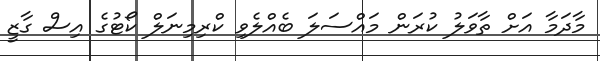
މާދަމާ އަށް ތާވަލު ކުރަން މައްސަލަ ބެއްލެވި ކްރިމިނަލް ކޯޓުގެ އިސް ގާޒީ